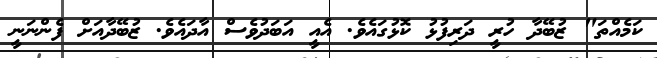
ކަމެއްތަ" ޒުބޭދާ ހުރީ ދަރިފުޅު ކޮޅުގައެވެ. އެއީ އަބަދުވެސް އާދައެވެ. ޒުބޭދާއަށް ފެންނަނީ